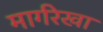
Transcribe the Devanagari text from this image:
मार्गरेखा